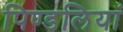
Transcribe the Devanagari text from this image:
पिण्डलियां